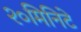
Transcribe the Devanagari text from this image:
२०मिनिटे